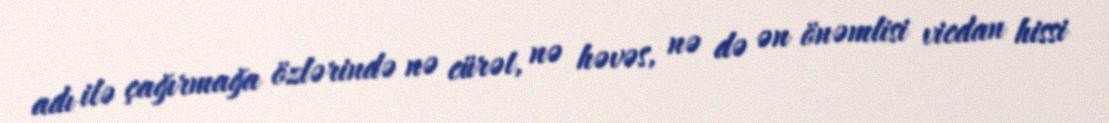
adı ilə çağırmağa özlərində nə cürət, nə həvəs, nə də ən önəmlisi vicdan hissi